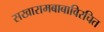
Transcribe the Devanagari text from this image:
सखारामबाबाविरचित